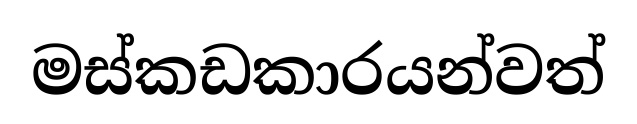
මස්කඩකාරයන්වත්